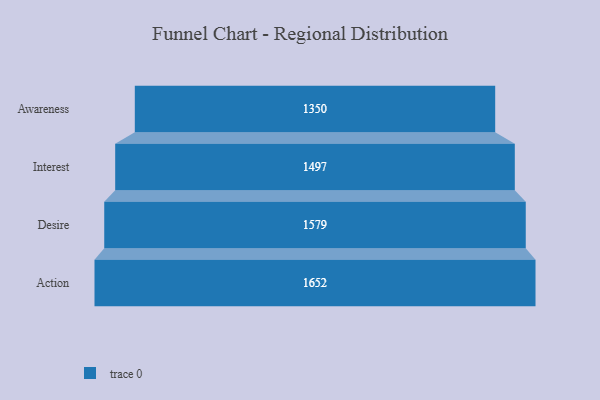
{"axis": {"x": "Stage", "y": "Value"}, "legend": [""], "data": [{"x": "Awareness", "y": 1350.0, "type": ""}, {"x": "Interest", "y": 1497.0, "type": ""}, {"x": "Desire", "y": 1579.0, "type": ""}, {"x": "Action", "y": 1652.0, "type": ""}]}